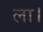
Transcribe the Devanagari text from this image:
ला।